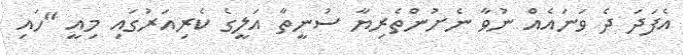
އެފަދަ ދެ ވަނައެއް ނުވާ ނެށުންތެރިޔާ ސުނީތާ އަލީގެ ކެރިއަރުގައި މިއީ "ހައި